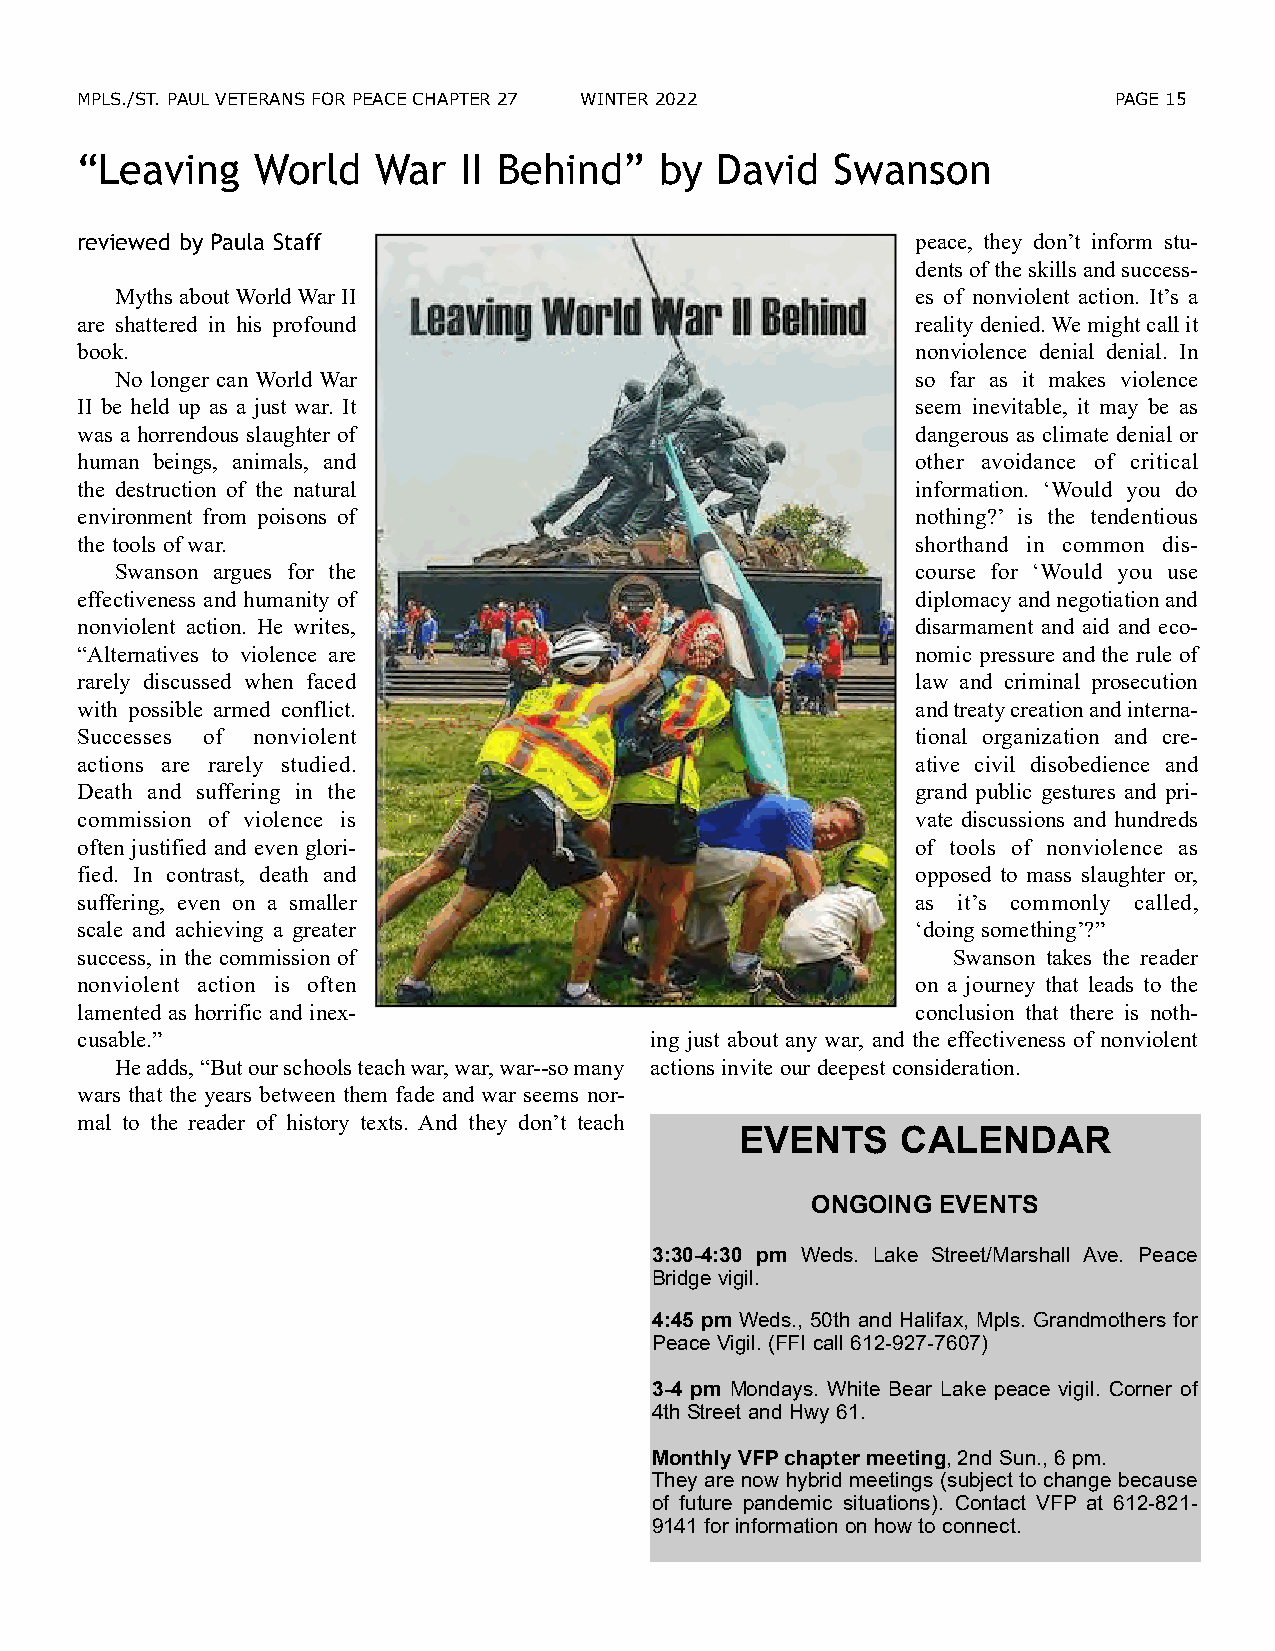
MPLS./ST. PAUL VETERANS FOR PEACE CHAPTER 27 WINTER 2022             PAGE 15
 “Leaving    World   War   II Behind”   by  David  Swanson
 reviewed by Paula Staff                                 peace, they don’t inform stu-
 dents of the skills and success-
 Myths about World War II                             es of nonviolent action. It’s a
 are shattered in his profound                           reality denied. We might call it
 book.                                                   nonviolence denial denial. In
 No longer can World War                              so far as it makes violence
 II be held up as a just war. It                         seem inevitable, it may be as
 was a horrendous slaughter of                           dangerous as climate denial or
 human beings, animals, and                              other avoidance of critical
 the destruction of the natural                          information. ‘Would you do
 environment from poisons of                             nothing?’ is the tendentious
 the tools of war.                                       shorthand in common dis-
 Swanson argues for the                               course for ‘Would you use
 effectiveness and humanity of                           diplomacy and negotiation and
 nonviolent action. He writes,                           disarmament and aid and eco-
 “Alternatives to violence are                           nomic pressure and the rule of
 rarely discussed when faced                             law and criminal prosecution
 with possible armed conflict.                           and treaty creation and interna-
 Successes of nonviolent                                 tional organization and cre-
 actions are rarely studied.                             ative civil disobedience and
 Death and suffering in the                              grand public gestures and pri-
 commission of violence is                               vate discussions and hundreds
 often justified and even glori-                         of tools of nonviolence as
 fied. In contrast, death and                            opposed to mass slaughter or,
 suffering, even on a smaller                            as it’s commonly called,
 scale and achieving a greater                           ‘doing something’?”
 success, in the commission of                             Swanson takes the reader
 nonviolent action is often                              on a journey that leads to the
 lamented as horrific and inex-                          conclusion that there is noth-
 cusable.”                             ing just about any war, and the effectiveness of nonviolent
 He adds, “But our schools teach war, war, war--so many actions invite our deepest consideration.
 wars that the years between them fade and war seems nor-
 mal to the reader of history texts. And they don’t teach
 EVENTS     CALENDAR
 ONGOING EVENTS
 3:30-4:30 pm Weds. Lake Street/Marshall Ave. Peace
 Bridge vigil.
 4:45 pm Weds., 50th and Halifax, Mpls. Grandmothers for
 Peace Vigil. (FFI call 612-927-7607)
 3-4 pm Mondays. White Bear Lake peace vigil. Corner of
 4th Street and Hwy 61.
 Monthly VFPchapter meeting, 2nd Sun., 6 pm.
 They are now hybrid meetings (subject to change because
 of future pandemic situations). Contact VFP at 612-821-
 9141 for information on how to connect.